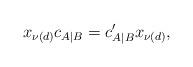
LaTeX: \begin{align*}x_{\nu(d)}c_{A|B}=c'_{A|B}x_{\nu(d)},\end{align*}